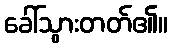
ခေါ်သွားတတ်၏။